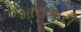
મારામારી